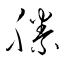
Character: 滕